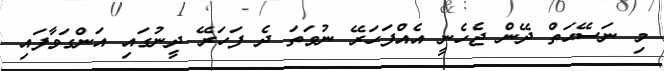
މި ނަސޭޙަތް ދޭން ޖެހެނީ އެއްފަހަރޭ ނުވަތަ ދެ ފަހަރޭ ދީނުގައި އަންގަވާފައި